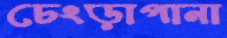
চেংড়াপানা